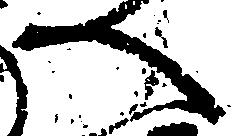
へ